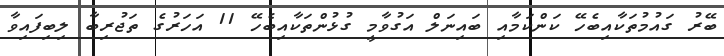
ބޭރު ގައުމުތަކާއިބެހޭ ކަންކަމާއި ބައިނަލް އަގުވާމީ ގުޅުންތަކާއިބެހޭ 11 އަހަރުގެ ތަޖުރިބާ ލިބިފައިވާ